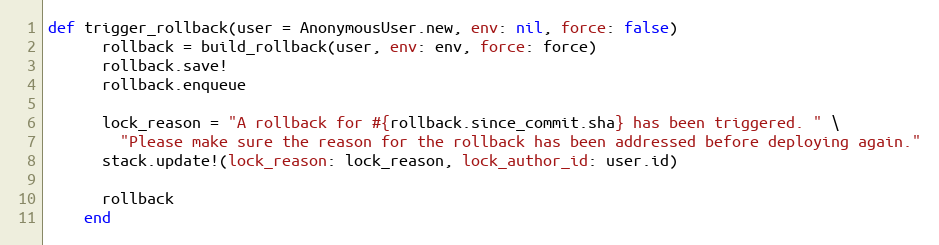
Language: Ruby
def trigger_rollback(user = AnonymousUser.new, env: nil, force: false)
      rollback = build_rollback(user, env: env, force: force)
      rollback.save!
      rollback.enqueue

      lock_reason = "A rollback for #{rollback.since_commit.sha} has been triggered. " \
        "Please make sure the reason for the rollback has been addressed before deploying again."
      stack.update!(lock_reason: lock_reason, lock_author_id: user.id)

      rollback
    end